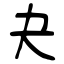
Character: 夬